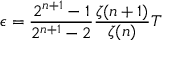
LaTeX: \epsilon = \frac { 2 ^ { n + 1 } - 1 } { 2 ^ { n + 1 } - 2 } \frac { \zeta ( n + 1 ) } { \zeta ( n ) } T